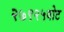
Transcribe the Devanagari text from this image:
२७९२५वोट